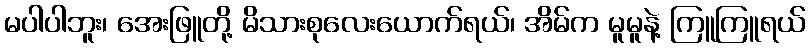
မပါပါဘူး၊ အေးဖြူတို့ မိသားစုလေးယောက်ရယ်၊ အိမ်က မူမူနဲ့ ကြူကြူရယ်